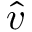
\hat { v }